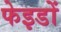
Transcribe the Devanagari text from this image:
फेइडों